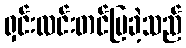
ရှင်းလင်းတင်ပြခဲ့သည်